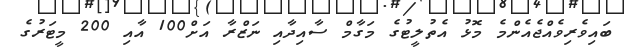
ބައިވެރިވެއްޖެއެންމެ މޮޅު އެތުލީޓުގެ މަގާމް ސާއިދާއި ނަޒްރާ އަށް100 އާއި 200 މީޓަރުގެ